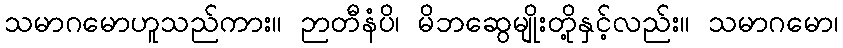
သမာဂမောဟူသည်ကား။ ဉာတီနံပိ၊ မိဘဆွေမျိုးတို့နှင့်လည်း။ သမာဂမော၊